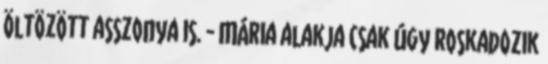
öltözött asszonya is. - Mária alakja csak úgy roskadozik